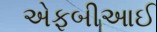
એફબીઆઈ